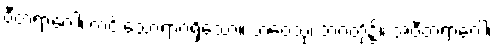
ဝီတရာဂေါ၊ ကင်းသောရာဂရှိသော။ ဘဝေသု၊ ဘဝတို့၌။ အဝီတရာဂေါ၊